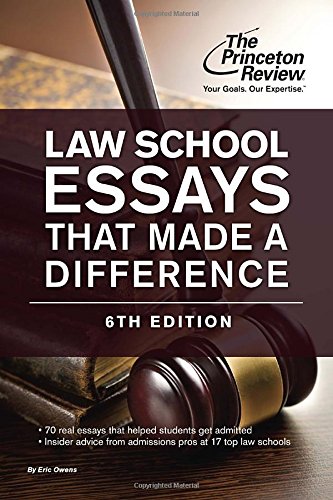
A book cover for Law School Essays That Made a Difference, 6th Edition (Graduate School Admissions Guides); Princeton Review; Education & Teaching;